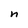
Character: n